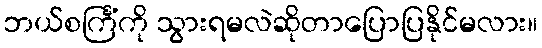
ဘယ်စင်္ကြံကို သွားရမလဲဆိုတာပြောပြနိုင်မလား။